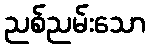
ညစ်ညမ်းသော